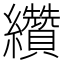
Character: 纘